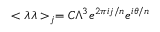
< \lambda \lambda > _ { j } = C \Lambda ^ { 3 } e ^ { 2 \pi i j / n } e ^ { i \theta / n }